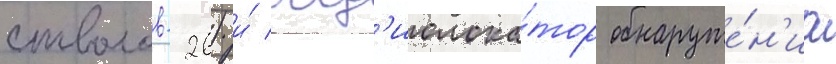
стволов-26) и́ рад'иолока́тор обнаруже́н'иа